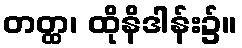
တတ္ထ၊ ထိုနိဒါန်း၌။